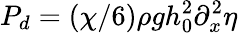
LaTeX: P_{d}=(\chi/6)\rho gh_{0}^{2}\partial_{x}^{2}\eta